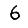
Digit: 6